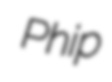
Phip